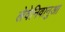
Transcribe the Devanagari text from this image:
लेवेनिवानुआ